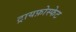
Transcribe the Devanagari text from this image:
ट्रायफ़ोस्फेट